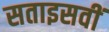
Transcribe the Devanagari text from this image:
सताइसवीं